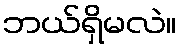
ဘယ်ရှိမလဲ။